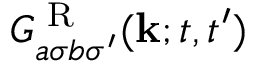
G _ { a \sigma b \sigma ^ { \prime } } ^ { \textrm { R } } ( \mathbf { k } ; t , t ^ { \prime } )